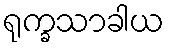
ရုက္ခသာခါယ